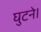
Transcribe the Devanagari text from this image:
घुटने।